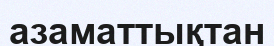
азаматтықтан